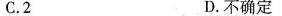
C.2 D.不确定